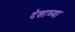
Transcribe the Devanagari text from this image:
देशाच्‍या